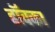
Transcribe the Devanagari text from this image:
हॉवका